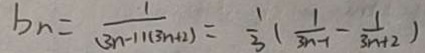
b _ { n } = \frac { 1 } { ( 3 n - 1 ) ( 3 n + 2 ) } = \frac { 1 } { 3 } ( \frac { 1 } { 3 n - 1 } - \frac { 1 } { 3 n + 2 } )